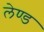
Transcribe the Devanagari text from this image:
लेण्ड